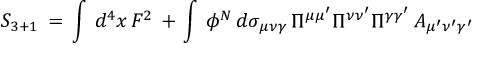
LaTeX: S _ { 3 + 1 } \, = \, \int \, d ^ { 4 } x \, F ^ { 2 } \, + \, \int \, \phi ^ { N } \, d \sigma _ { \mu \nu \gamma } \, \Pi ^ { \mu \mu ^ { \prime } } \Pi ^ { \nu \nu ^ { \prime } } \Pi ^ { \gamma \gamma ^ { \prime } } \, A _ { \mu ^ { \prime } \nu ^ { \prime } \gamma ^ { \prime } }